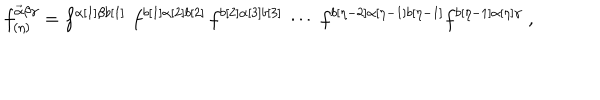
LaTeX: f _ { ( \eta ) } ^ { \vec { \alpha } \beta \gamma } = f ^ { \alpha [ 1 ] \beta b [ 1 ] } \, \, f ^ { b [ 1 ] \alpha [ 2 ] b [ 2 ] } \, f ^ { b [ 2 ] \alpha [ 3 ] b [ 3 ] } \, \cdots \, \, f ^ { b [ \eta - 2 ] \alpha [ \eta - 1 ] b [ \eta - 1 ] } f ^ { b [ \eta - 1 ] \alpha [ \eta ] \gamma } \; ,